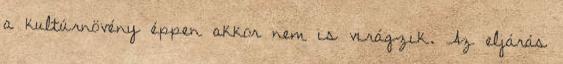
a kultúrnövény éppen akkor nem is virágzik. Az eljárás